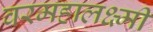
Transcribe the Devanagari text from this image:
वरमहालक्ष्मी